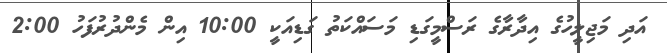
އަދި މަޖިލީހުގެ އިދާރާގެ ރަސްމީގަޑި މަސައްކަތު ގަޑިއަކީ 10:00 އިން މެންދުރުފަހު 2:00